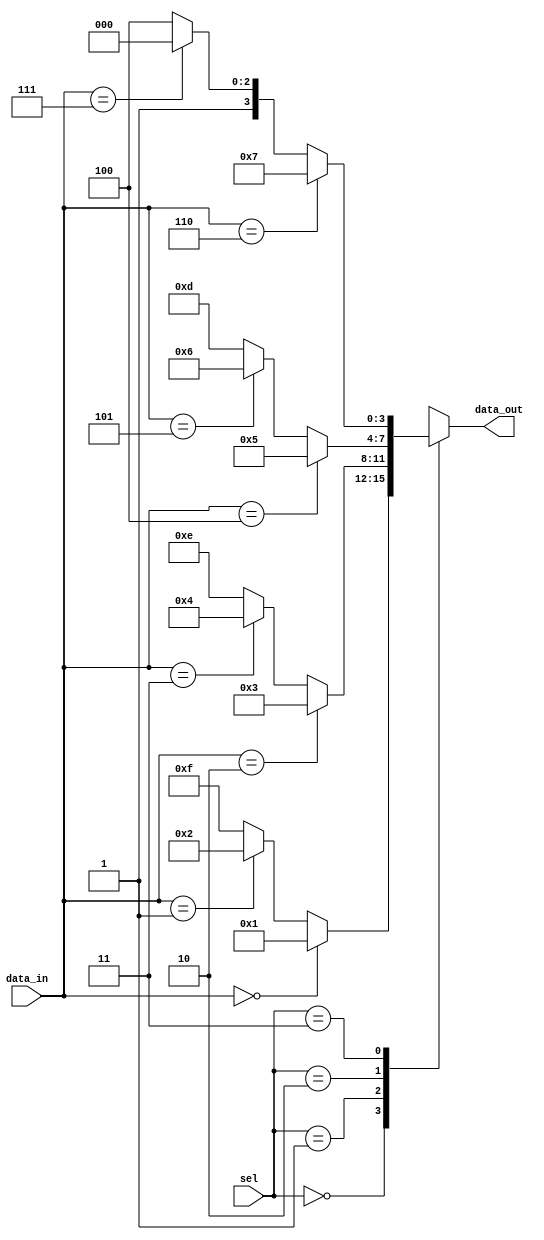
module case_statement_with_if_else(
    input [1:0] sel,
    input [3:0] data_in,
    output reg [3:0] data_out
);

always @(*)
begin
    case(sel)
        2'b00: begin
            if(data_in == 4'b0000)
                data_out = 4'b0001;
            else if(data_in == 4'b0001)
                data_out = 4'b0010;
            else
                data_out = 4'b1111;
        end
        2'b01: begin
            if(data_in == 4'b0010)
                data_out = 4'b0011;
            else if(data_in == 4'b0011)
                data_out = 4'b0100;
            else
                data_out = 4'b1110;
        end
        2'b10: begin
            if(data_in == 4'b0100)
                data_out = 4'b0101;
            else if(data_in == 4'b0101)
                data_out = 4'b0110;
            else
                data_out = 4'b1101;
        end
        2'b11: begin
            if(data_in == 4'b0110)
                data_out = 4'b0111;
            else if(data_in == 4'b0111)
                data_out = 4'b1000;
            else
                data_out = 4'b1100;
        end
    endcase
end

endmodule